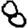
Digit: 8